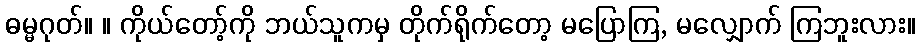
ဓမ္မဂုတ်။ ။ ကိုယ်တော့်ကို ဘယ်သူကမှ တိုက်ရိုက်တော့ မပြောကြ, မလျှောက် ကြဘူးလား။